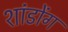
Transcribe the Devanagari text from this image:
शांडोंग